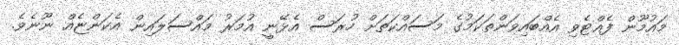
މައުމޫން ފެއްޓެވި އެއްބައިވަންތަކަމުގެ މަސައްކަަތަށް ހުރަސް އެޅޭނީ އުމަރު މައްސަލައިން އެކަންޏެއް ނޫނެވެ.